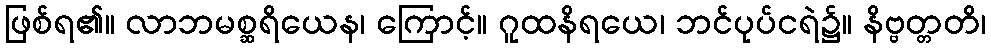
ဖြစ်ရ၏။ လာဘမစ္ဆရိယေန၊ ကြောင့်။ ဂူထနိရယေ၊ ဘင်ပုပ်ငရဲ၌။ နိဗ္ဗတ္တတိ၊